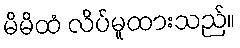
မိမိထံ လိပ်မူထားသည်။